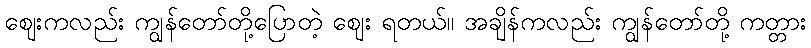
ဈေးကလည်း ကျွန်တော်တို့ပြောတဲ့ ဈေး ရတယ်။ အချိန်ကလည်း ကျွန်တော်တို့ ကတ္တား